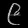
Digit: ၉